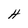
Character: H